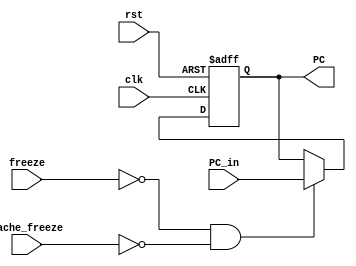
module PC_Reg(
    input clk, rst, cache_freeze, freeze,
    input [31:0] PC_in,
    output reg [31:0] PC
);

    always @(posedge clk, posedge rst) begin
        if (rst) PC <= 32'b0;
        else if (~freeze && ~cache_freeze) PC <= PC_in;
    end

endmodule